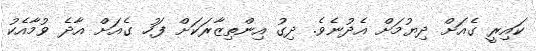
ކައިރީ ގެއަށް ދިޔުމަށް އެދުނެވެ. ދިގު އިންތިޒާރަކަށް ފަހު ގެއަށް އާދެ ވުމާއެކު